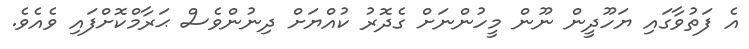
އެ ފަތުވާގައި ޔަހޫދީން ނޫން މީހުންނަށް ގެދޮރު ކުއްޔަށް ދިނުންވެސް ޙަރާމްކޮށްފައި ވެއެވެ.